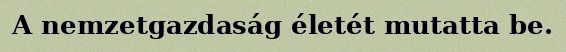
A nemzetgazdaság életét mutatta be.